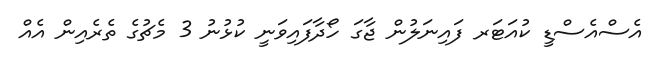
އެސްއެސްޑީ ކުއަޓަރ ފައިނަލުން ޖާގަ ހޯދާފައިވަނީ ކުޅުނު 3 މެޗުގެ ތެރެއިން އެއް